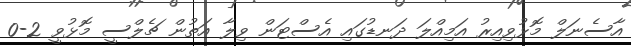
އާސެނަލް މޮޅުވިއިރު އަމިއްލަ ދަނޑުގައި އެސްޓަން ވިލާ އަތުން ޗެލްސީ މޮޅުވީ 2-0